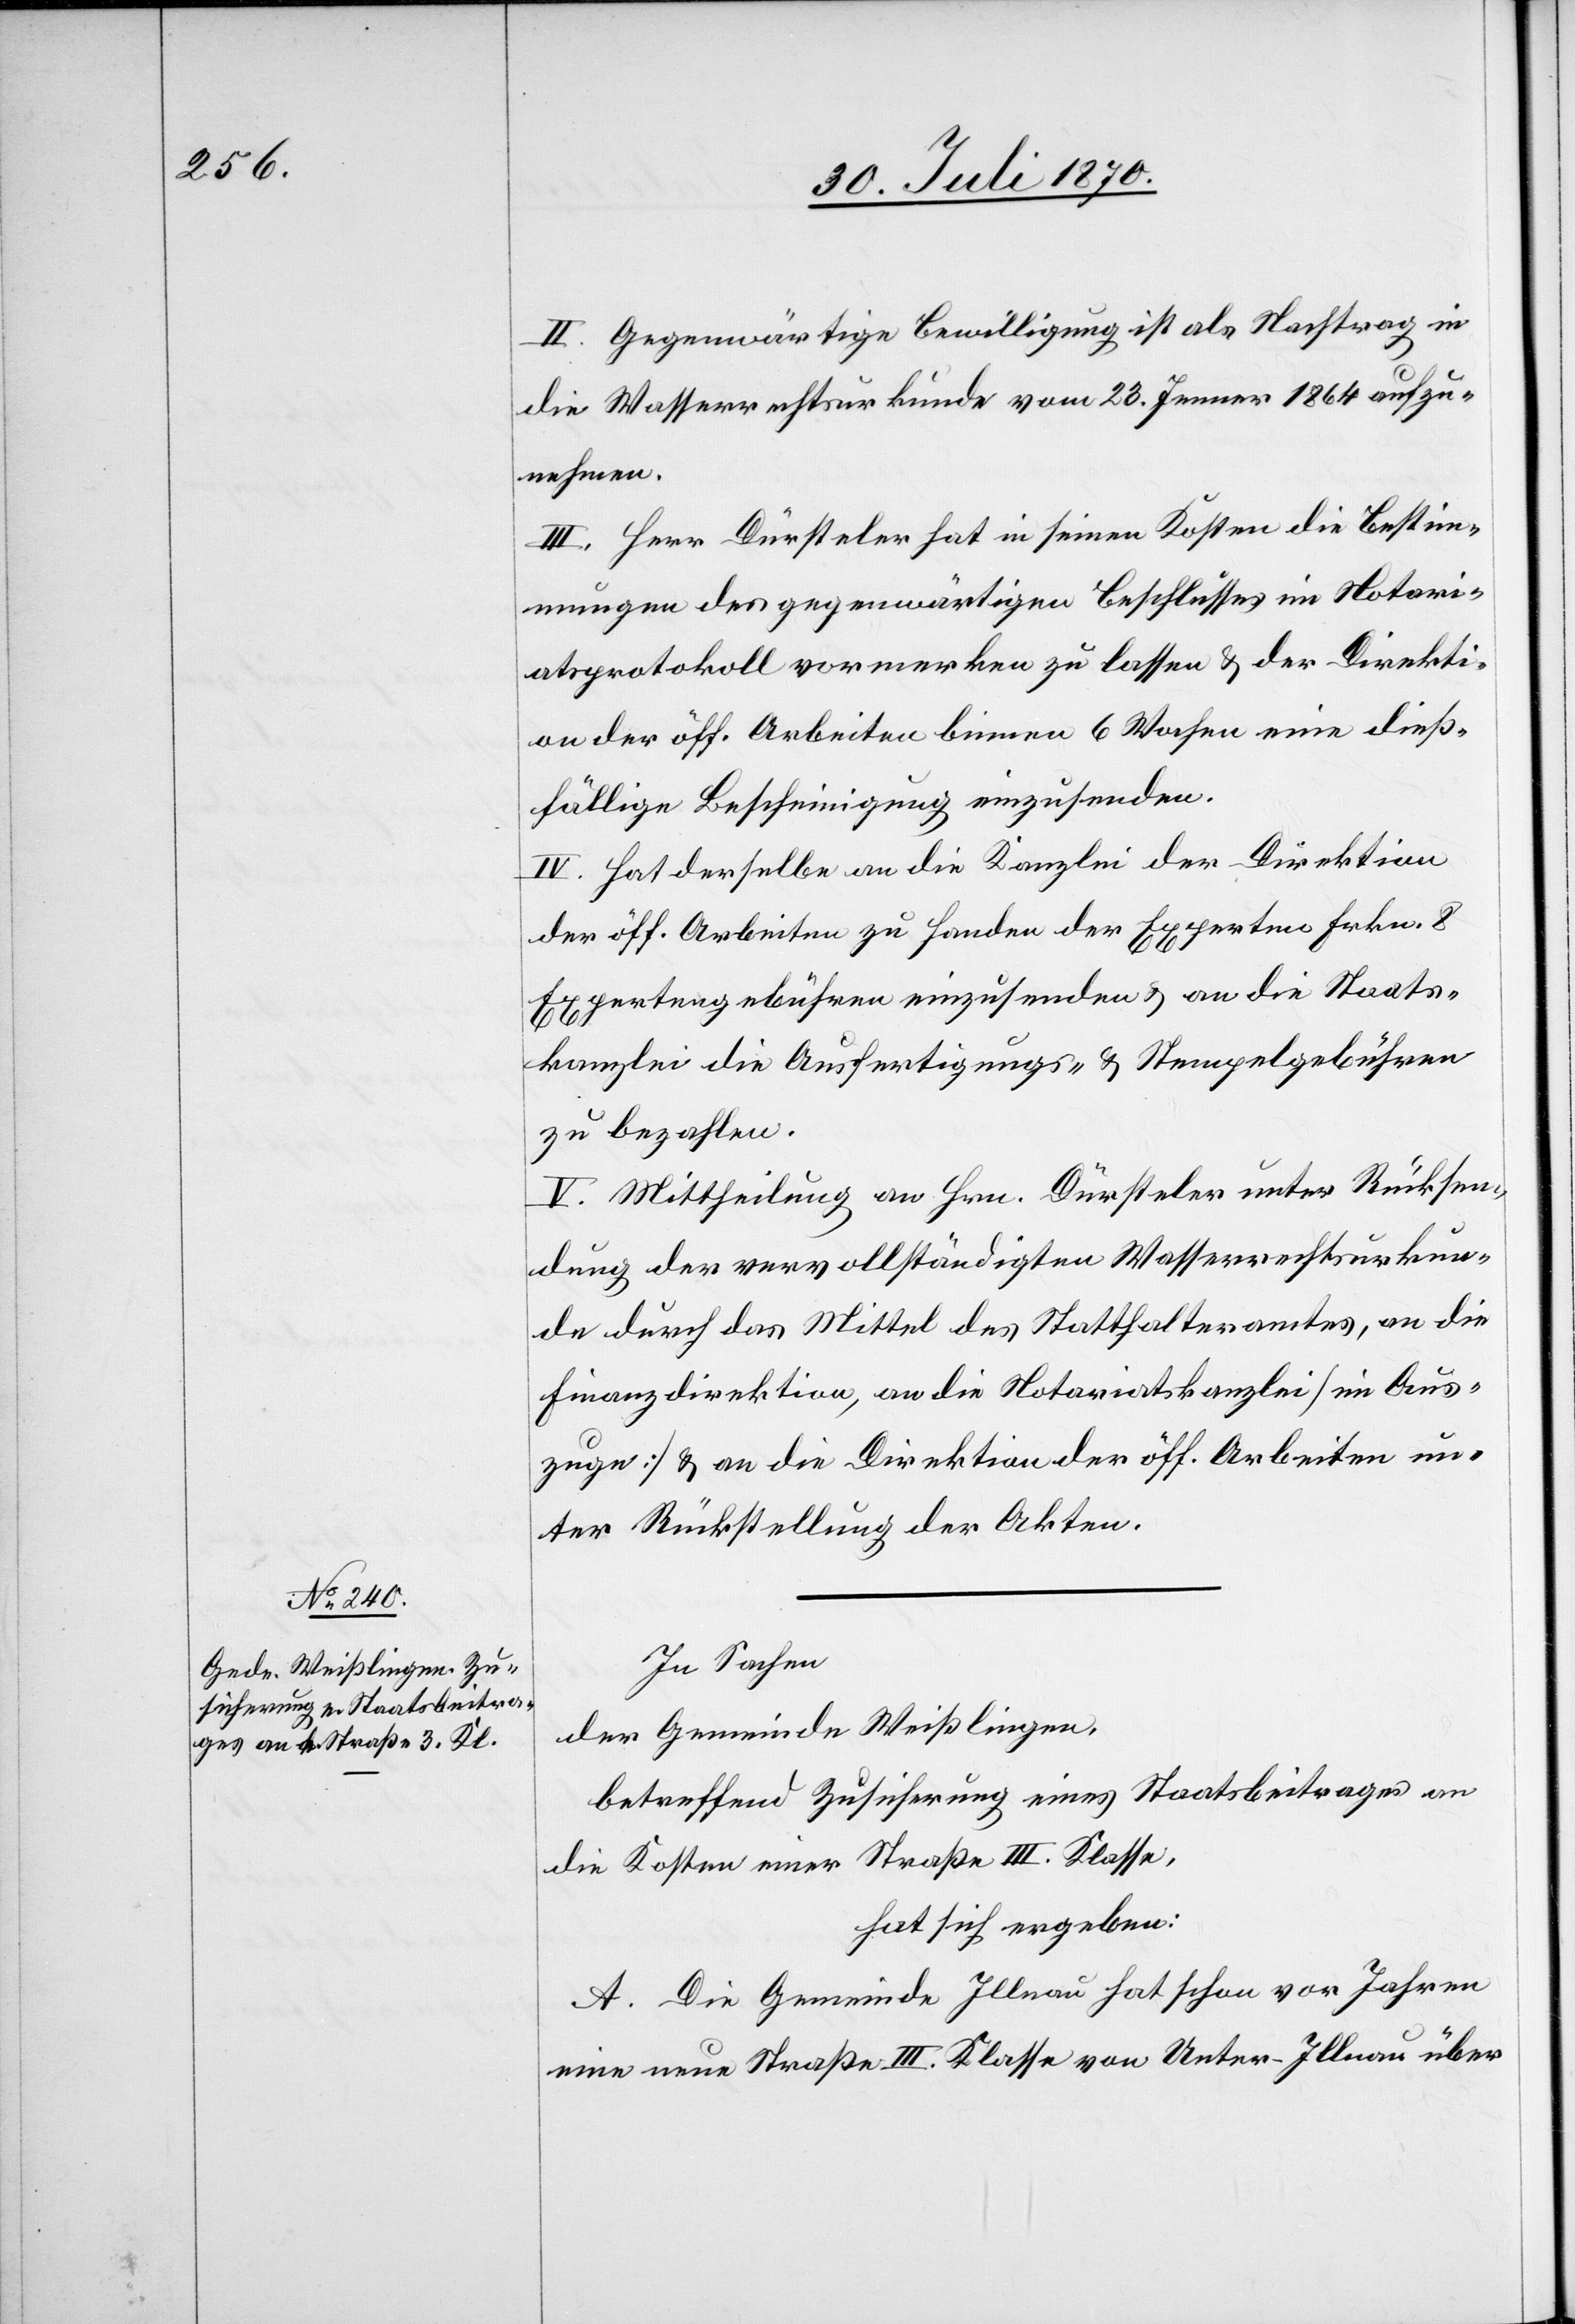
II. Gegenwärtige Bewilligung ist als Nachtrag in
die Wasserrechtsurkunde vom 23. Jenner 1864 aufzu¬
nehmen.
III. Herr Dürsteler hat in seinen Kosten die Bestim¬
mungen des gegenwärtigen Beschlusses im Notari¬
atsprotokoll vormerken zu lassen & der Direkti¬
on der öff. Arbeiten binnen 6 Wochen eine dieß¬
fällige Bescheinigung einzusenden.
IV. Hat derselbe an die Kanzlei der Direktion
der öff. Arbeiten zu Handen der Experten Frkn. 8
Expertengebühren einzusenden & an die Staats¬
kanzlei die Ausfertigungs- & Stempelgebühren
zu bezahlen.
V. Mittheilung an Hrn. Dürsteler unter Rücksen¬
dung der vervollständigten Wasserrechtsurkun¬
de durch das Mittel des Statthalteramtes, an die
Finanzdirektion, an die Notariatskanzlei [im Aus¬
zuge] & an die Direktion der öff. Arbeiten un¬
ter Rückstellung der Akten.
In Sachen
der Gemeinde Weißlingen,
betreffend Zusicherung eines Staatsbeitrages an
die Kosten einer Straße III. Klasse,
hat sich ergeben:
A. Die Gemeinde Illnau hat schon vor Jahren
eine neue Straße III. Klasse von Unter-Illnau über